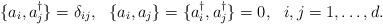
LaTeX: \begin{align*}\{a_{i},a_{j}^{\dagger}\} = \delta_{ij},~~ \{a_{i},a_{j}\} = \{a_{i}^{\dagger},a_{j}^{\dagger}\} = 0,~~i,j=1,\ldots,d.\end{align*}